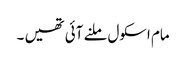
مام اسکول ملنے آئی تھیں ۔